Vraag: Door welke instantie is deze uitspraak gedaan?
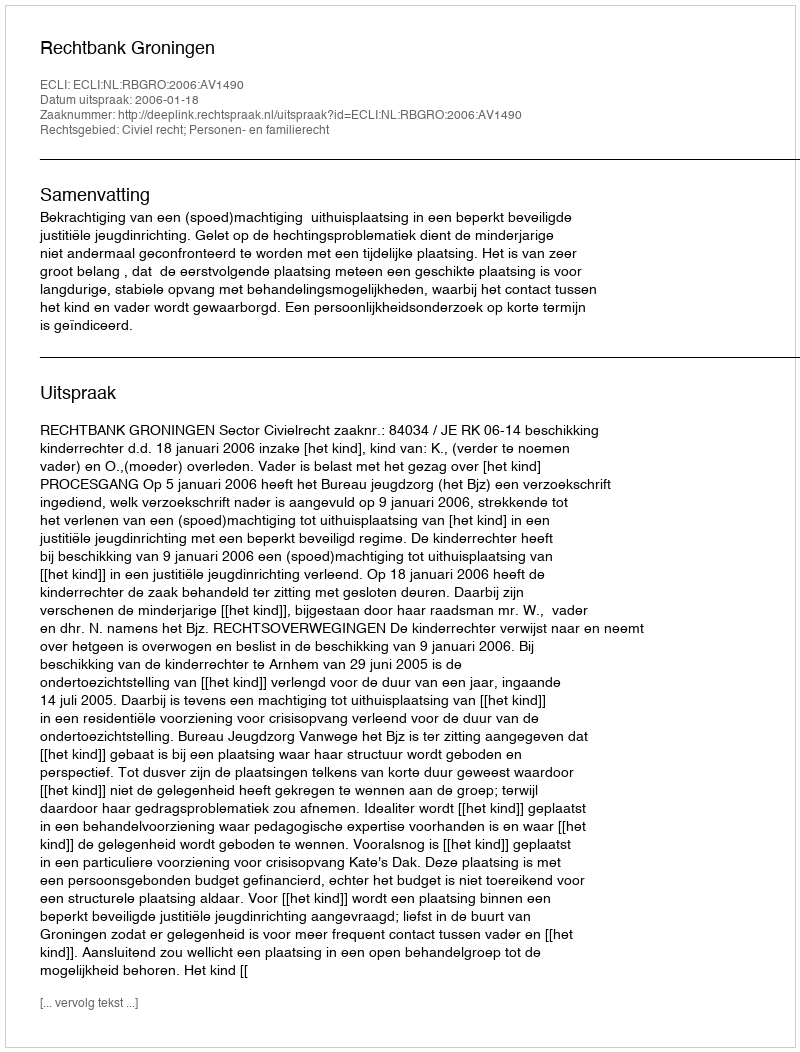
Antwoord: Rechtbank Groningen